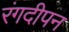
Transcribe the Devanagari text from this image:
रंगदीपन